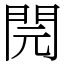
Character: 䦎